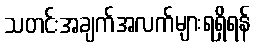
သတင်းအချက်အလက်များရရှိရန်